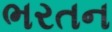
ભરતન